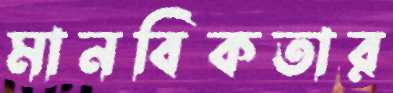
মানবিকতার